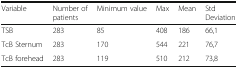
<table><thead><tr><td><b>Variable</b></td><td><b>Number of patients</b></td><td><b>Minimum value</b></td><td><b>Max</b></td><td><b>Mean</b></td><td><b>Std Deviation</b></td></tr></thead><tbody><tr><td>TSB</td><td>283</td><td>85</td><td>408</td><td>186</td><td>66,1</td></tr><tr><td>TcB Sternum</td><td>283</td><td>170</td><td>544</td><td>221</td><td>76,7</td></tr><tr><td>TcB forehead</td><td>283</td><td>119</td><td>510</td><td>212</td><td>73,8</td></tr></tbody></table>